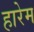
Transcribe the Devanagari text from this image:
हारेम